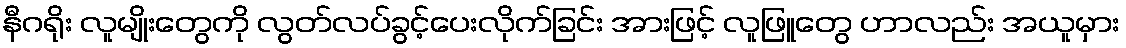
နီဂရိုး လူမျိုးတွေကို လွတ်လပ်ခွင့်ပေးလိုက်ခြင်း အားဖြင့် လူဖြူတွေ ဟာလည်း အယူမှား